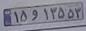
۱۵و۱۳۵۵۳